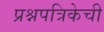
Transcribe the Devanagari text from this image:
प्रश्नपत्रिकेची